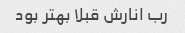
رب انارش قبلا بهتر بود